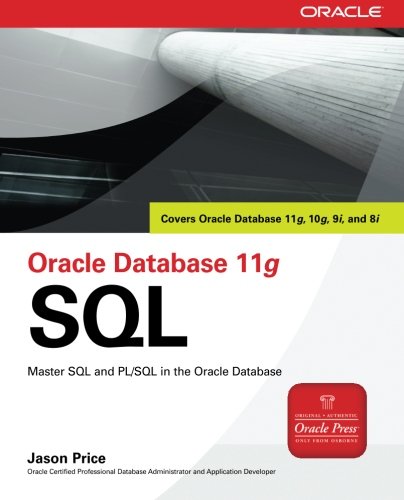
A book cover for Oracle Database 11g SQL (Oracle Press); Jason Price; Computers & Technology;